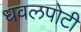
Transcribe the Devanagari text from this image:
धवलपोटी